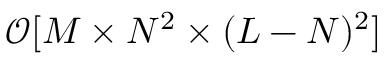
\mathcal { O } [ M \times N ^ { 2 } \times ( L - N ) ^ { 2 } ]